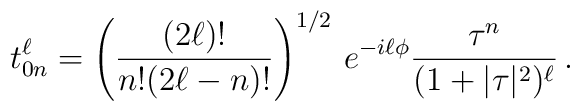
t^\ell_{0n} = \left(\frac{(2\ell)!} {n!{(2\ell-n)!}}\right)^{1/2}\, e^{-i\ell\phi} \frac{\tau^n}{(1+|\tau|^2)^\ell}\,.